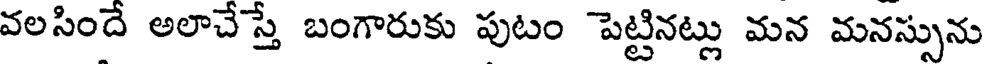
వలసిందే అలాచేస్తే బంగారుకు పుటం పెట్టినట్లు మన మనస్సును